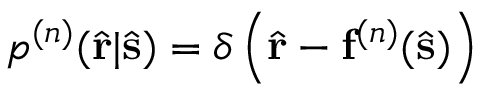
p ^ { ( n ) } ( \hat { \mathbf { r } } | \hat { \mathbf { s } } ) = \delta \left( \hat { \mathbf { r } } - \mathbf { f } ^ { ( n ) } ( \hat { \mathbf { s } } ) \right)